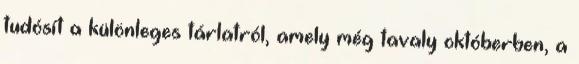
tudósít a különleges tárlatról, amely még tavaly októberben, a